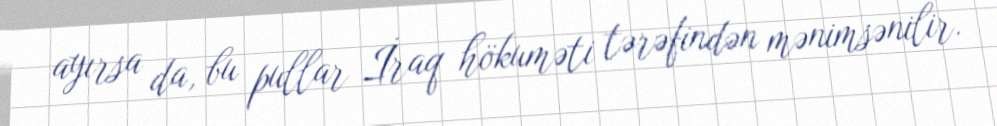
ayırsa da, bu pullar İraq hökuməti tərəfindən mənimsənilir.